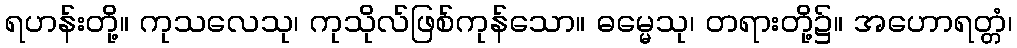
ရဟန်းတို့။ ကုသလေသု၊ ကုသိုလ်ဖြစ်ကုန်သော။ ဓမ္မေသု၊ တရားတို့၌။ အဟောရတ္တံ၊